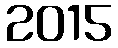
2015